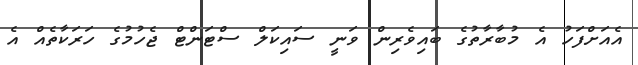
އެއަށްފަހު އެ މުބާރާތުގެ ބައިވެރިން ވަނީ ސައިކަލް ސްޓަންޓް ޖެހުމުގެ ހަރަކާތެއް އެ